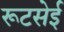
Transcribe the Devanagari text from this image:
रूटसेई